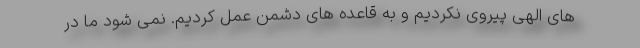
های الهی پیروی نکردیم و به قاعده های دشمن عمل کردیم. نمی شود ما در